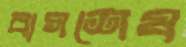
বাগশেষ